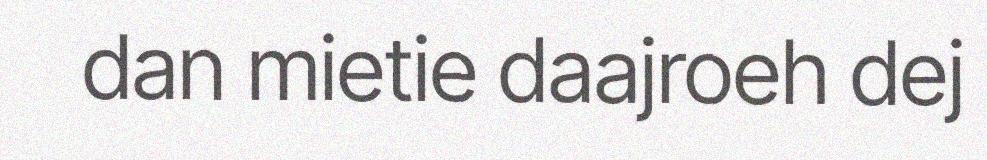
dan mietie daajroeh dej